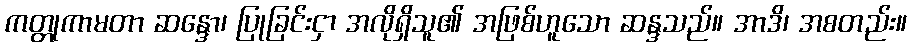
ကတ္တုကာမတာ ဆန္ဒော၊ ပြုခြင်းငှာ အလိုရှိသူ၏ အဖြစ်ဟူသော ဆန္ဒသည်။ အာဒိ၊ အစတည်း။